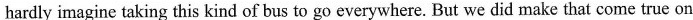
hardly imagine taking this kind of bus to go everywhere. But we did make that come true on